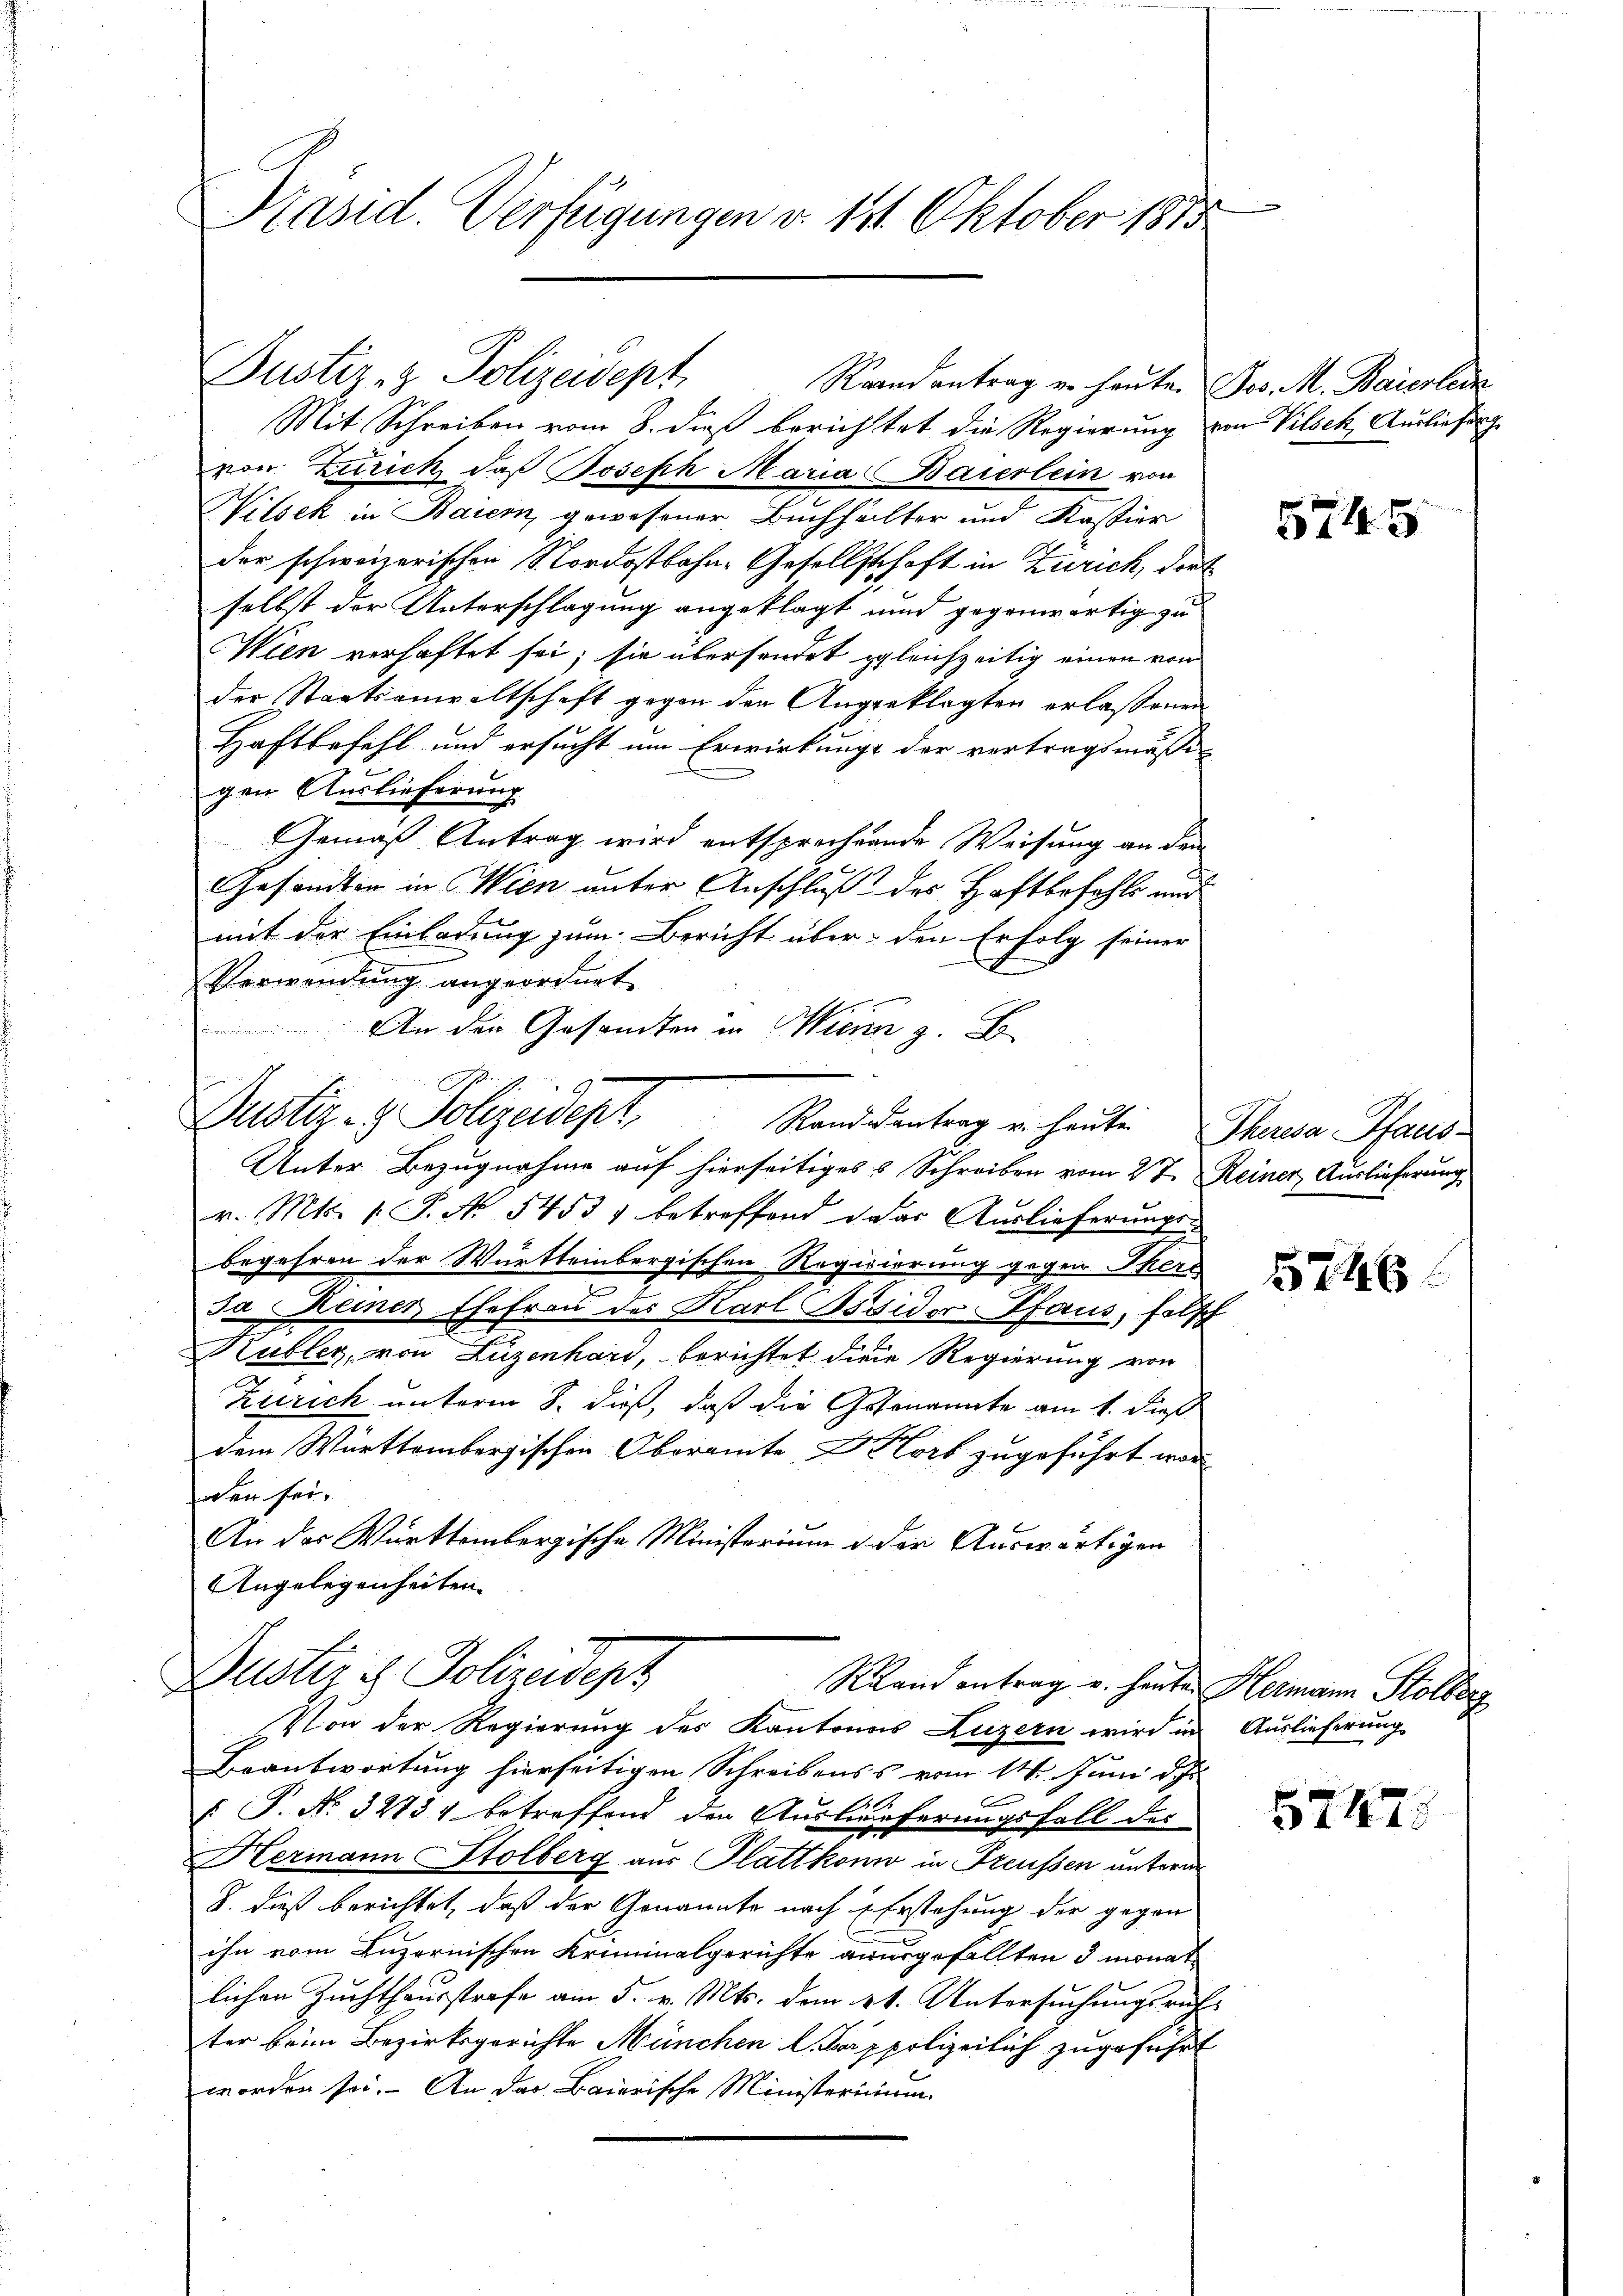
Präsid. Verfügungen v. 121. Oktober 1815

Justiz- & Polizeidept

Mit Schreiben vom 8. dieß berichtet die Regierung von Vilseh, Ausliefen
pon Zürich, daß Joseph Maria Baierlein von
Wilsek in Baiern gewesener Buchhälter und Kassier
der schweizerischen Nordostbahn-Gesellschaft in Zürich, dort
selbst der Unterschlagung angeklagt und gegenwärtig zu
Wien verhaftet sei; sie übersendet gleichzeitig einen von
der Staatsanwaltschaft gegen den Angeklagten erlaßenen
Haftbefehl und ersucht um Erwirkungs der vertragsmäße
gen Auslieferung
Gemäß Antrag wird entsprechende Weisung an den
Gesandten in Wien unter Anschluß des Haftbefahls und
mit der Einladung zum Bericht über den Erfolg seiner
Verwendung angeordnet
An den Gesandten in Wien z. B.
Unter Bezugnahme auf hierseitiges 5 Schreiben vom 27. Reiner Auslieferung
r. Mts. 1. P. Nr. 5453, betreffend daher Auslieferungsbegehren der Württembergischen Requierung gegen Ikers
e
Ja Meiner Ehefrau der Karl Bossidor Pfaus, falsch
Kubler, von Luzenhard, berichtet diese Regierung von
Zürich unterm 8. dieß, daß die Gesenannte am 1. dieß
dem Württembergischen Oberamte Dort zugeführt war
den sei.
An das Württembergische Ministerium in der Auswärtigen
Angelegenheiten.
Dustiz & Polizeidept
Rand antrag u. heuten Hermann Stolberg
Von der Regierung des Kantones Luzern wird in Auslieferung
Beantwortung hierseitigen Schreibens vom 14. Juni de
E
 P. Nr. 32734 betreffend den Auslieferungsfall des
Hermann Stolberg aus Plattkonio in Freussen unterm
B. dieß berichtet, daß der Genannte nach in Erstehung der gegen
ihn vom Luzernischen Kriminalgerichte anungefällten 3 monat
lichen Zuchthausstrafe am 5. v. Mts. dem kk. Untersuchungsrük-
ter beim Bezirksgerichte München l. Trappolizeilich zugeführt
worden sei. An das Baierische Ministerium

Justiz- & Polizeidept, Stand dentrag u. heute Theren Pfaus¬

Raandantrag er heute. Jos. M. Baierletz

5745

5746

5747